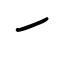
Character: ㇀